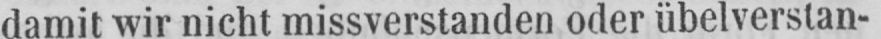
damit wir nicht missverstanden oder übelverstan-